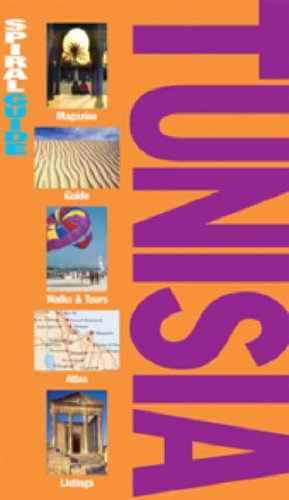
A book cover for AA Spiral Guide Tunisia (AA Spiral Guides); *             ; Travel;